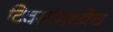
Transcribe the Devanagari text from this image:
दिवसांमध्येच